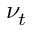
\nu _ { t }